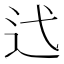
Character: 𫐟